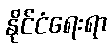
နိုင်ငံရေးရာ